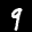
Label: 9